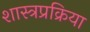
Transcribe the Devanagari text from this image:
शास्त्रप्रक्रिया